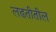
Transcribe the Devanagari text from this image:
लढतीतील